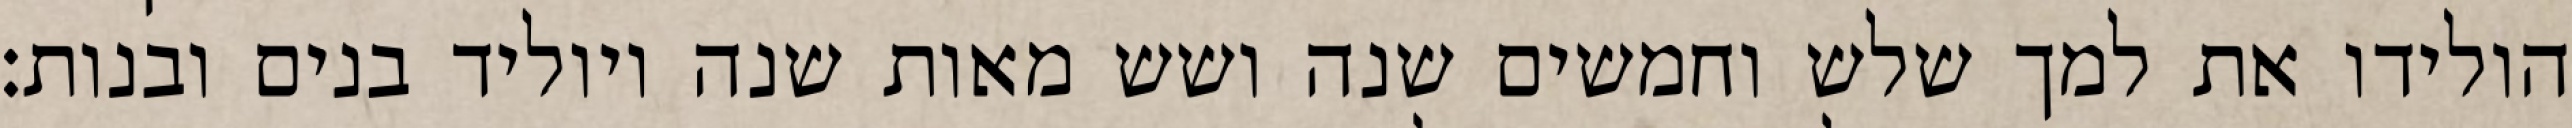
הולידו את למך שלש וחמשים שנה ושש מאות שנה ויוליד בנים ובנות׃